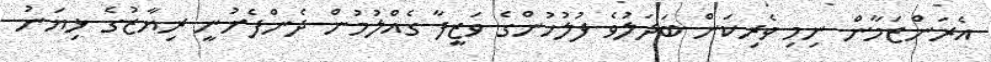
އެރަންޒަމާން ނިމި ވެރިކަން ބަދަލުވެ ފުލުހުންގެ ވަޒީފާ ގެއްލުމުން ދެންފެށުނީ ރިޔާޒުގެ ޅިޔަނު